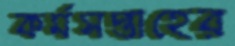
কর্মসপ্তাহের